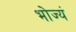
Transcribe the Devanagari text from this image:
भोज्यं